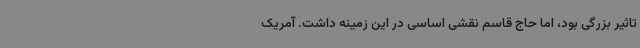
تاثیر بزرگی بود، اما حاج قاسم نقشی اساسی در این زمینه داشت. آمریک